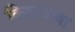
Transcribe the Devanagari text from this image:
किताजावा